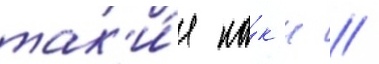
так'и́е ка́к н //